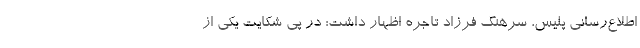
اطلاع‌رسانی پلیس، سرهنگ فرزاد تاجره اظهار داشت: در پی شکایت یکی از